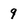
Character: 9